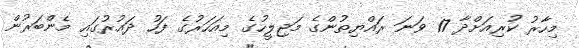
މިހާރު ކުރިއަށްދާ 17 ވަނަ ރައްޔިތުންގެ މަޖިލީހުގެ މިއަހަރުގެ ފަހު ދައުރުގައި މެންބަރުން